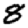
Digit: 8